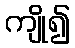
ကျို၍